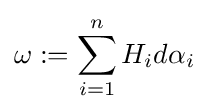
\omega :=\sum _{i=1}^{n}H_{i}d\alpha _{i}